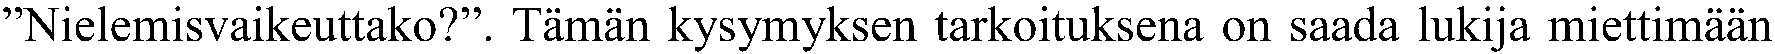
”Nielemisvaikeuttako?”. Tämän kysymyksen tarkoituksena on saada lukija miettimään